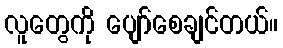
လူတွေကို ပျော်စေချင်တယ်။